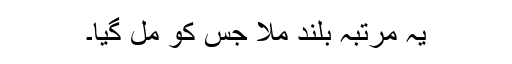
یہ مرتبہ بلند ملا جس کو مل گیا۔